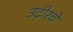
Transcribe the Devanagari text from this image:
उद्गीरचे